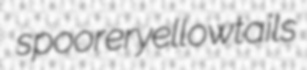
spoorer yellowtails